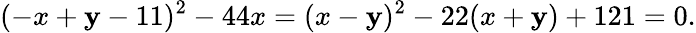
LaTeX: (-x+\mathbf{y}-11)^{2}-44x=(x-\mathbf{y})^{2}-22(x+\mathbf{y})+121=0.